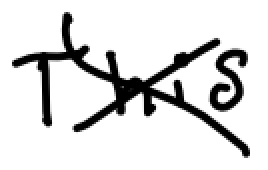
Text: This
Cross-out: cross
Writing tool: digital_black